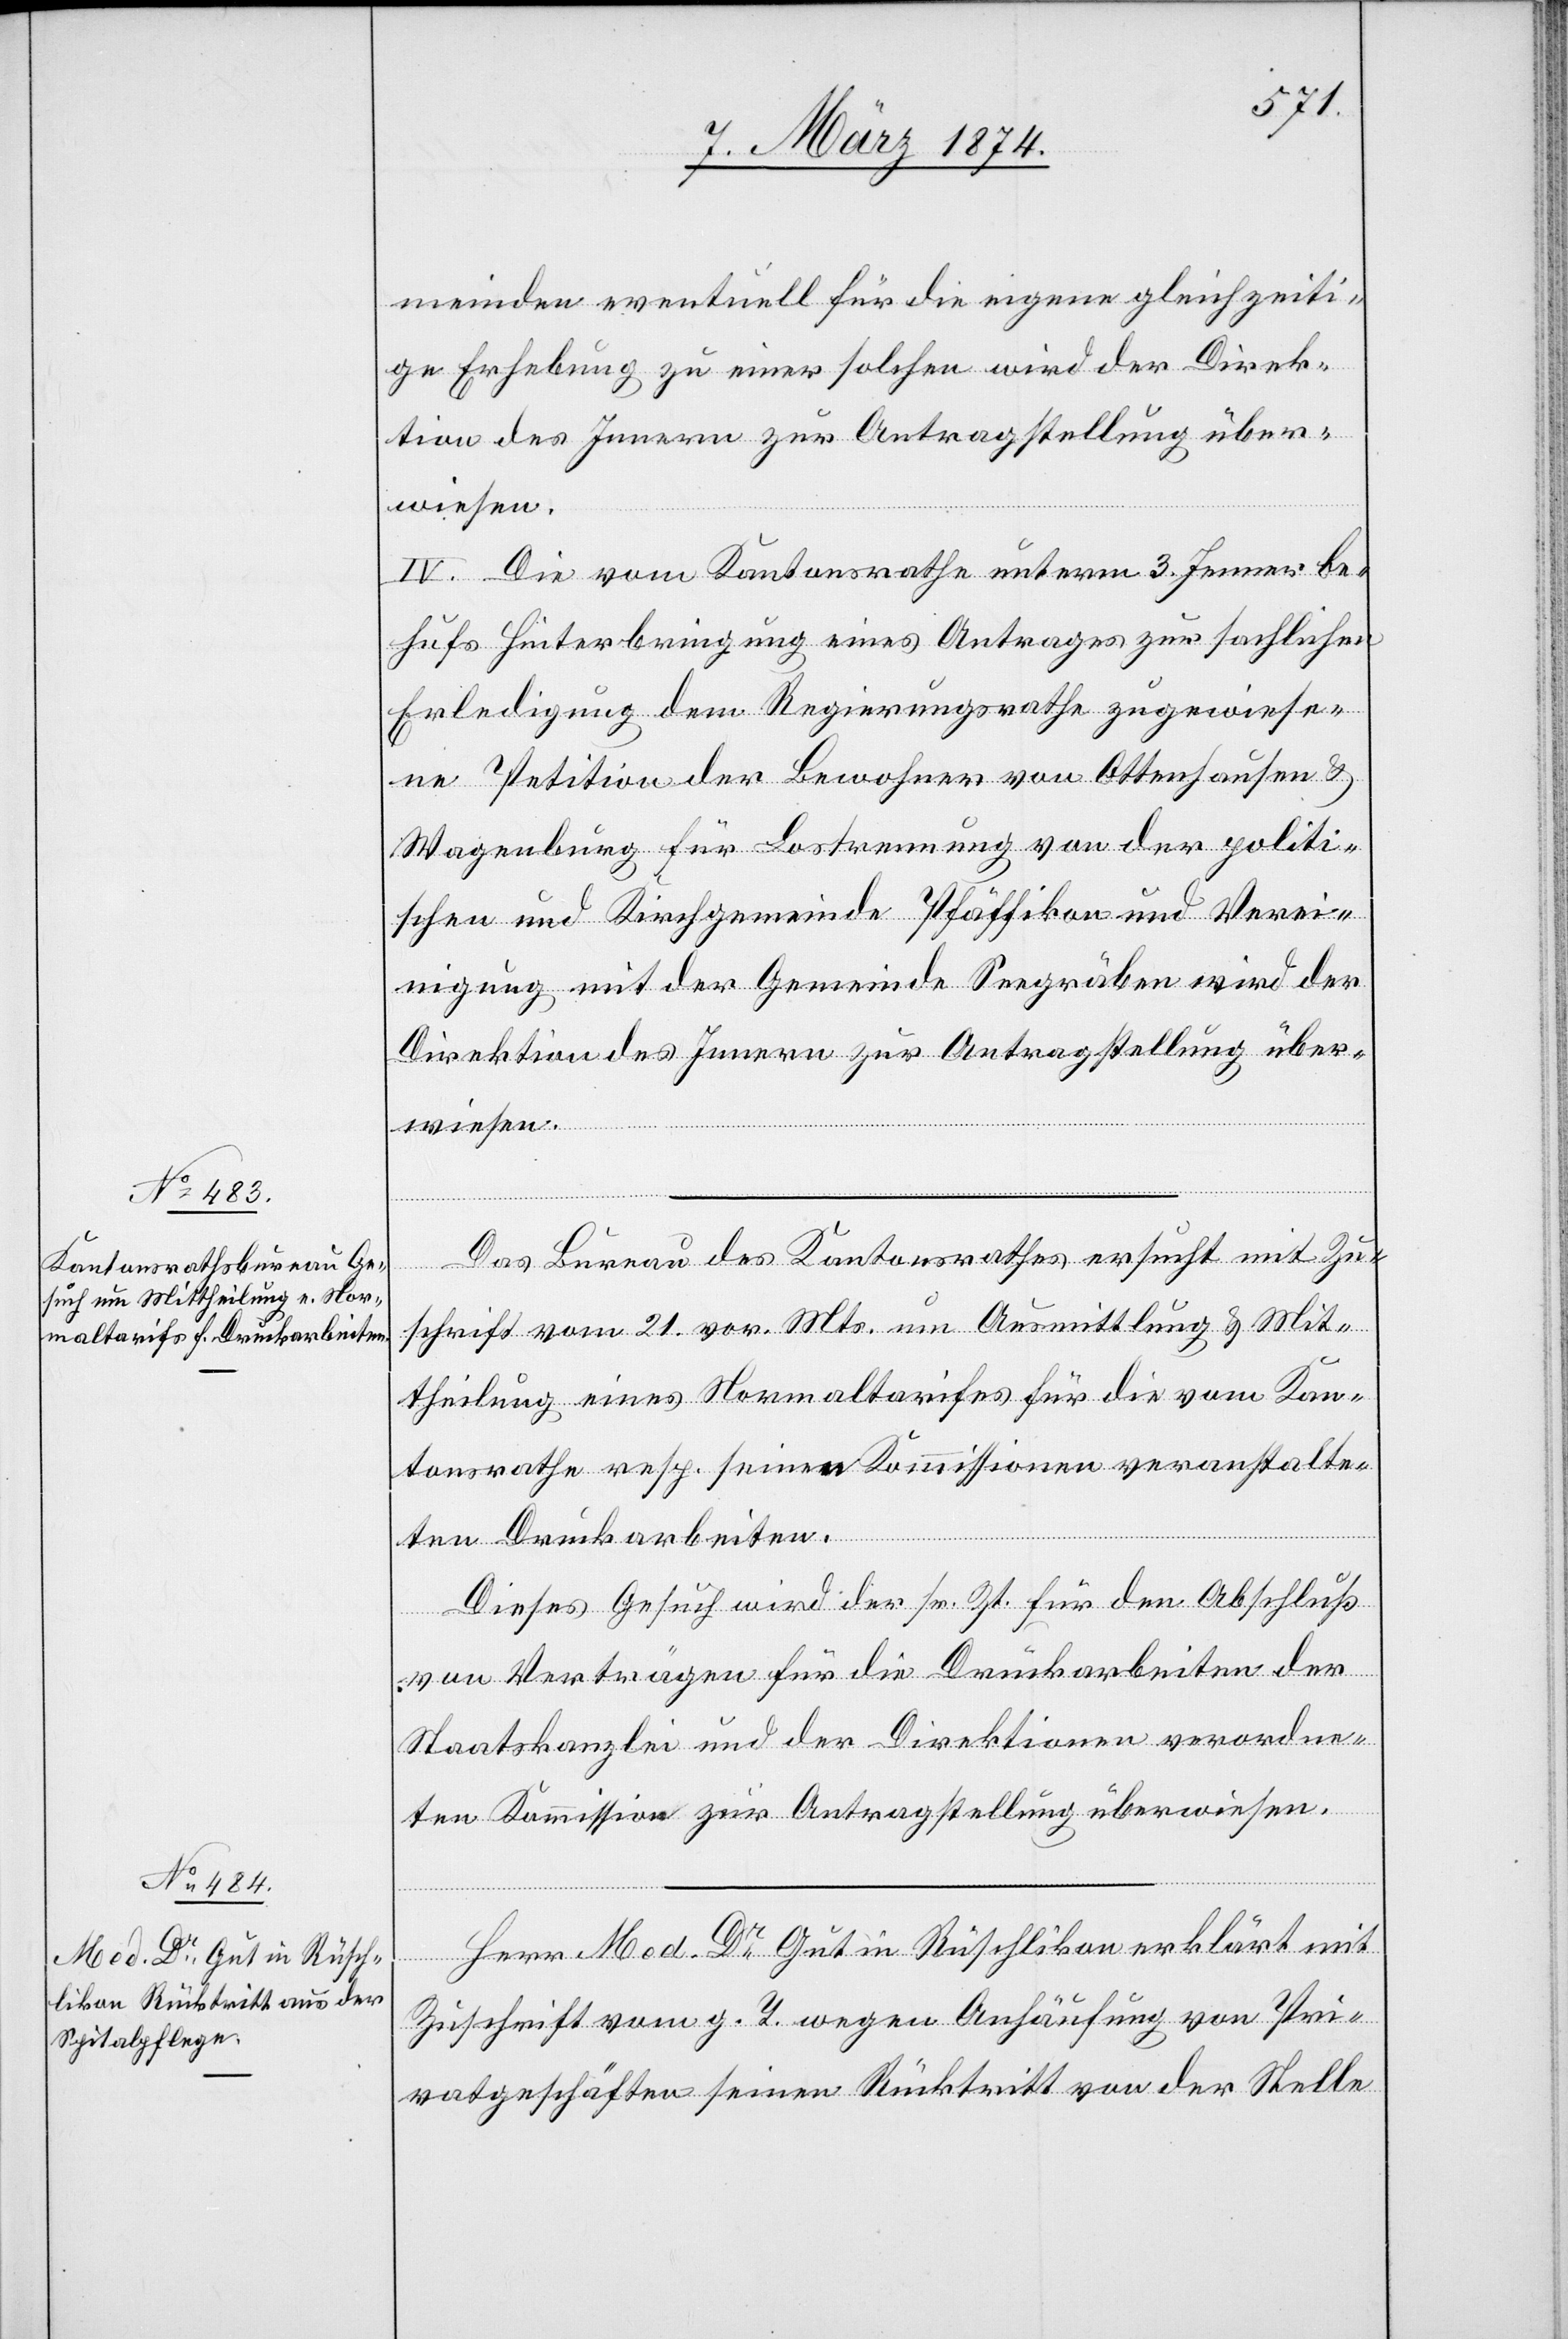
meinden eventuell für die eigene gleichzeiti¬
ge Erhebung zu einer solchen wird der Direk¬
tion des Innern zur Antragstellung über¬
wiesen.
IV. Die vom Kantonsrathe unterm 3. Jenner be¬
hufs Hinterbringung eines Antrages zur sachlichen
Erledigung dem Regierungsrathe zugewiese¬
ne Petition der Bewohner von Ottenhausen u.
Wagenburg für Lostrennung von der politi¬
schen und Kirchgemeinde Pfäffikon und Verei¬
nigung mit der Gemeinde Seegräben wird der
Direktion des Innern zur Antragstellung über¬
wiesen.
Das Bureau des Kantonsrathes ersucht mit Zu¬
schrift vom 21. vor. Mts. um Ausmittlung u. Mit¬
mit
theilung eines Normaltarifes für die vom Kan¬
tonsrathe resp. seinen Kommissionen veranstalte¬
ten Druckarbeiten.
Dieses Gesuch wird der sr. Zt. für den Abschluß
von Verträgen für die Druckarbeiten der
Staatskanzlei und der Direktionen verordne¬
ten Kommission zur Antragstellung überwiesen.
Zuschrift vom g. T. wegen Anhäufung von Pri¬
vatgeschäften seinen Rücktritt von der Stelle